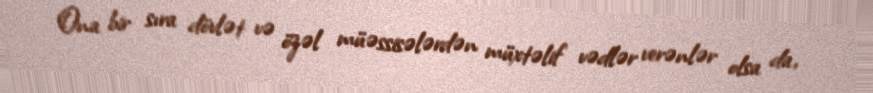
Ona bir sıra dövlət və özəl müəssisələrdən müxtəlif vədlər verənlər olsa da,